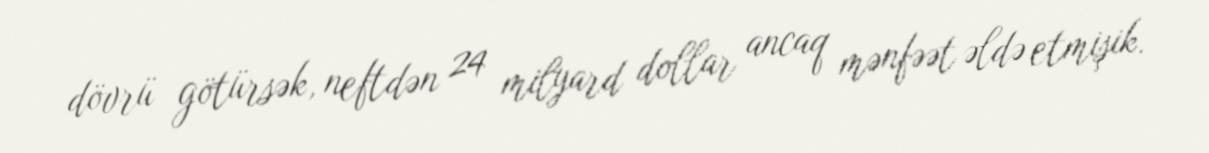
dövrü götürsək, neftdən 24 milyard dollar ancaq mənfəət əldə etmişik.